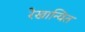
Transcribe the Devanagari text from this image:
रेखान्वित